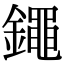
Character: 𨭘